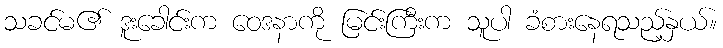
သခင်မ၏ ဒူးခေါင်းက ဝေဒနာကို မြင်းကြီးက သူပါ ခံစားနေရသည့်နှယ်။